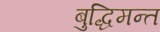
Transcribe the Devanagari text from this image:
बुद्धिमन्त